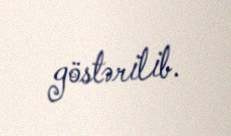
göstərilib.